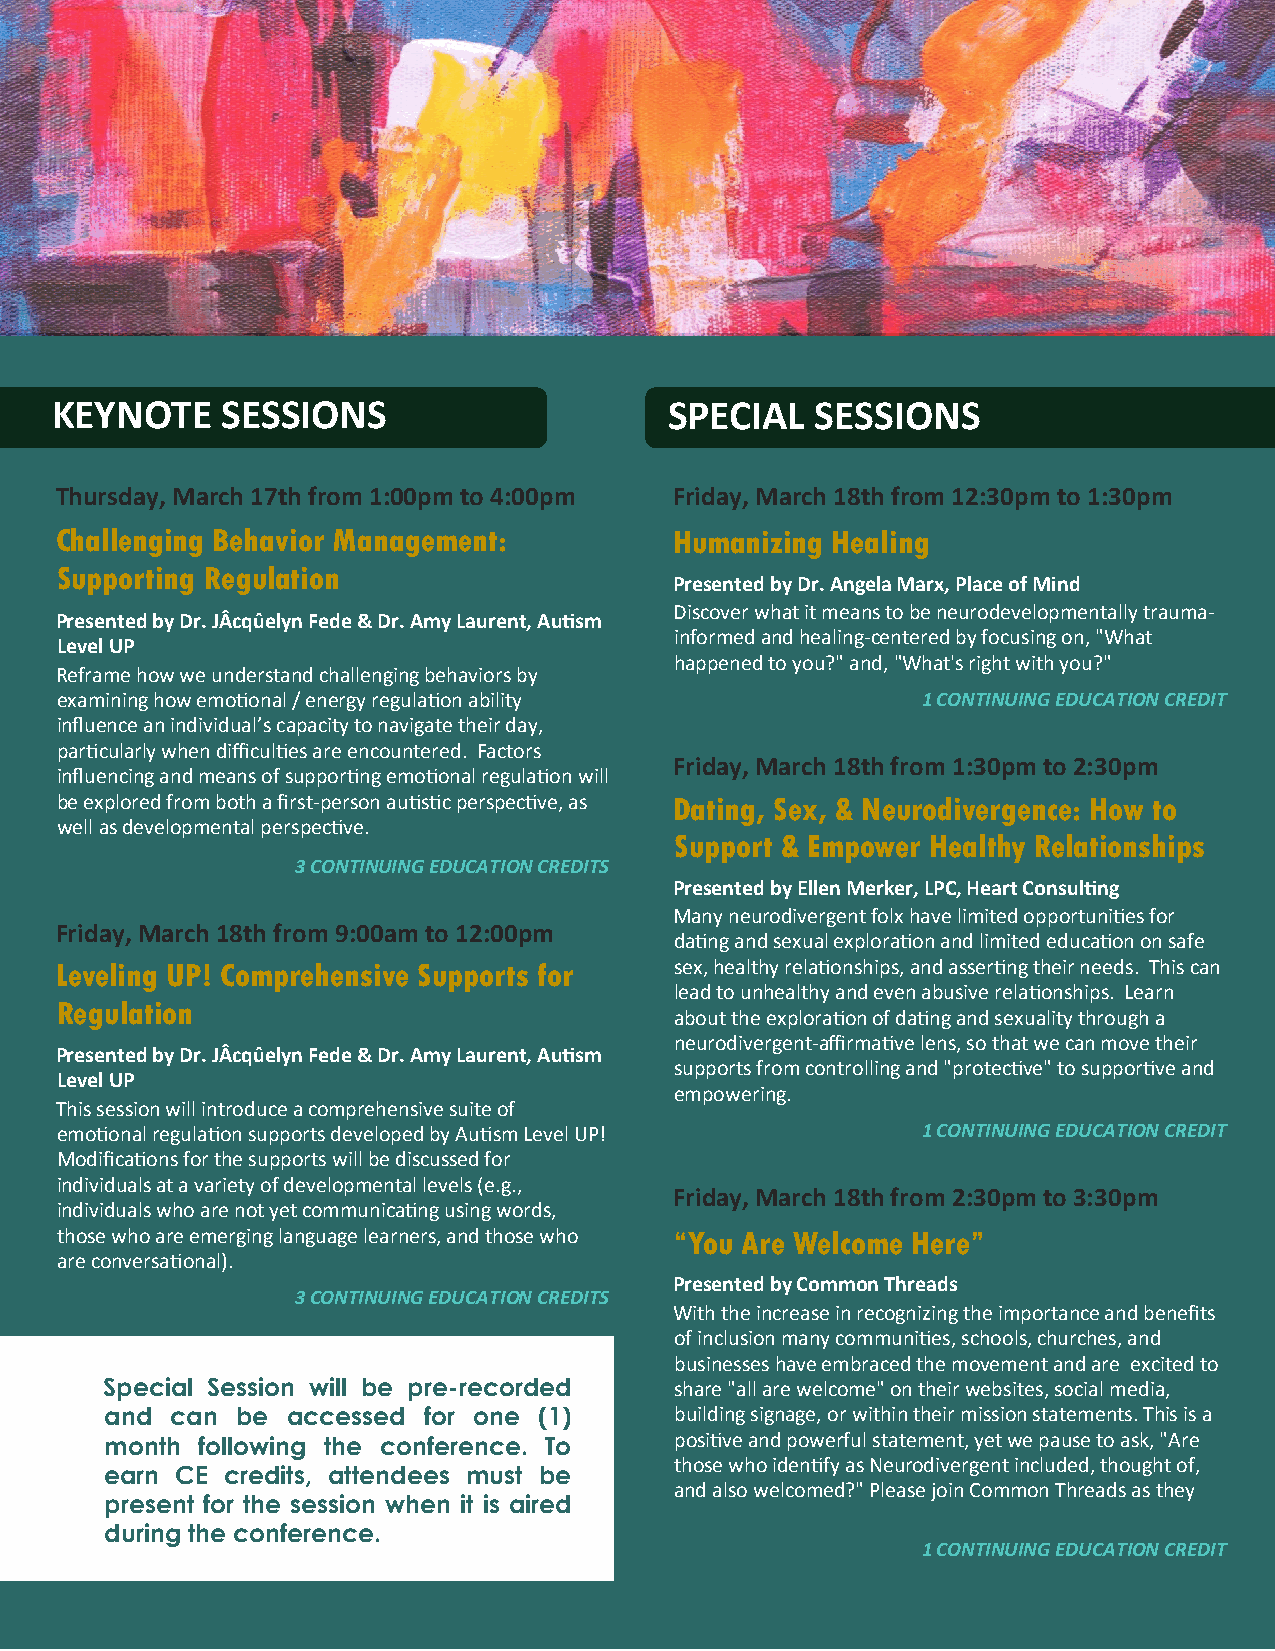
KEYNOTE     SESSIONS                     SPECIAL   SESSIONS
 Thursday, March 17th from 1:00pm to 4:00pm Friday, March 18th from 12:30pm to 1:30pm
 Challenging Behavior Management:         Humanizing Healing
 Supporting Regulation
 Presented by Dr. Angela Marx, Place of Mind
 Discover what it means to be neurodevelopmentally trauma-
 Presented by Dr. JÂcqûelyn Fede & Dr. Amy Laurent, Autism
 informed and healing-centered by focusing on, "What
 Level UP
 happened to you?" and, "What's right with you?"
 Reframe how we understand challenging behaviors by
 examining how emotional / energy regulation ability      1 CONTINUING EDUCATION CREDIT
 influence an individual’s capacity to navigate their day,
 particularly when difficulties are encountered. Factors
 Friday, March 18th from 1:30pm to 2:30pm
 influencing and means of supporting emotional regulation will
 be explored from both a first-person autistic perspective, as Dating, Sex, & Neurodivergence: How to
 well as developmental perspective.
 Support & Empower Healthy Relationships
 3 CONTINUING EDUCATION CREDITS
 Presented by Ellen Merker, LPC, Heart Consulting
 Many neurodivergent folx have limited opportunities for
 Friday, March 18th from 9:00am to 12:00pm
 dating and sexual exploration and limited education on safe
 Leveling UP! Comprehensive Supports for  sex, healthy relationships, and asserting their needs. This can
 lead to unhealthy and even abusive relationships. Learn
 Regulation
 about the exploration of dating and sexuality through a
 neurodivergent-affirmative lens, so that we can move their
 Presented by Dr. JÂcqûelyn Fede & Dr. Amy Laurent, Autism
 supports from controlling and "protective" to supportive and
 Level UP
 empowering.
 This session will introduce a comprehensive suite of
 emotional regulation supports developed by Autism Level UP! 1 CONTINUING EDUCATION CREDIT
 Modifications for the supports will be discussed for
 individuals at a variety of developmental levels (e.g.,
 Friday, March 18th from 2:30pm to 3:30pm
 individuals who are not yet communicating using words,
 those who are emerging language learners, and those who “You Are Welcome Here”
 are conversational).
 Presented by Common Threads
 3 CONTINUING EDUCATION CREDITS
 With the increase in recognizing the importance and benefits
 of inclusion many communities, schools, churches, and
 businesses have embraced the movement and are excited to
 Special Session will be pre-recorded  share "all are welcome" on their websites, social media,
 and can  be accessed for one (1)      building signage, or within their mission statements. This is a
 month following the conference. To    positive and powerful statement, yet we pause to ask, "Are
 those who identify as Neurodivergent included, thought of,
 earn CE credits, attendees must be
 and also welcomed?" Please join Common Threads as they
 present for the session when it is aired
 during the conference.
 1 CONTINUING EDUCATION CREDIT